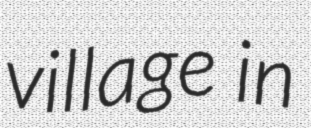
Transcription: village in